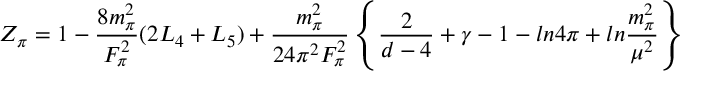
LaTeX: Z _ { \pi } = 1 - { \frac { 8 m _ { \pi } ^ { 2 } } { F _ { \pi } ^ { 2 } } } ( 2 L _ { 4 } + L _ { 5 } ) + { \frac { m _ { \pi } ^ { 2 } } { 2 4 \pi ^ { 2 } F _ { \pi } ^ { 2 } } } \left\{ { \frac { 2 } { d - 4 } } + \gamma - 1 - l n 4 \pi + l n { \frac { m _ { \pi } ^ { 2 } } { \mu ^ { 2 } } } \right\}